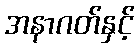
အနာဂတ်နှင့်